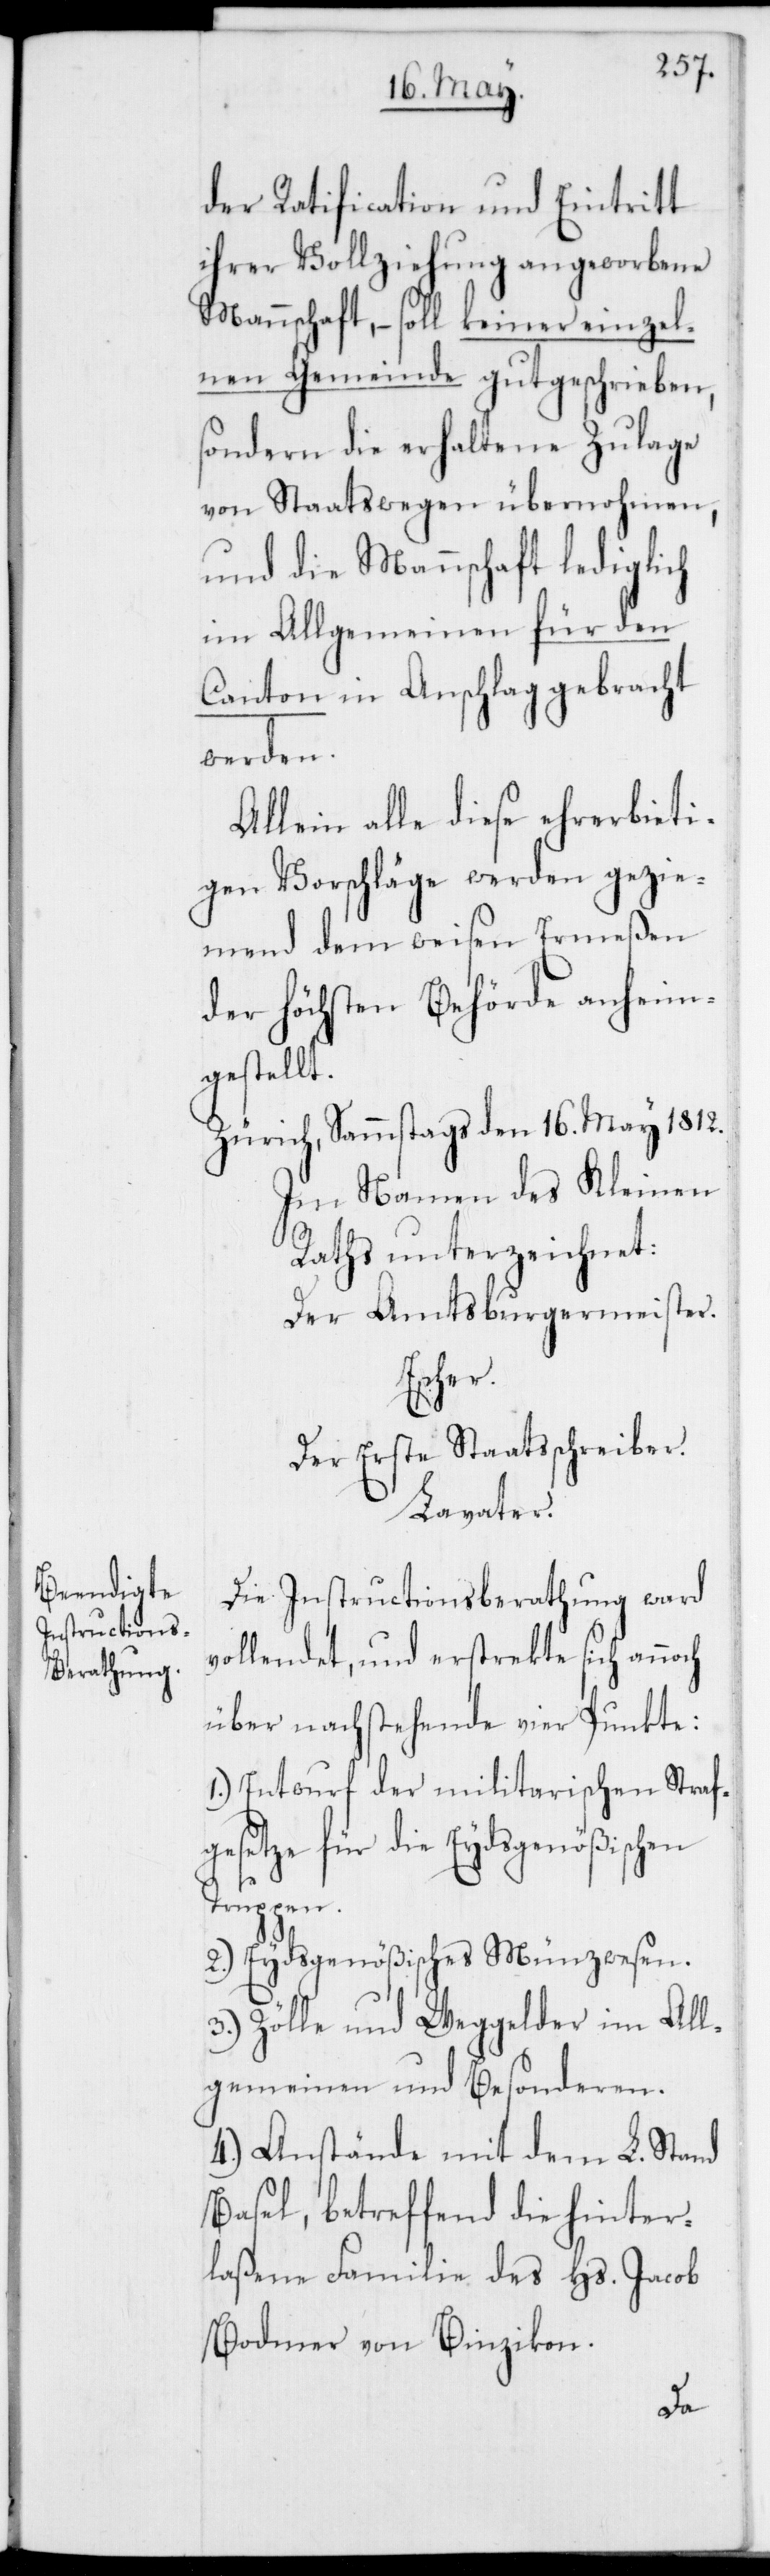
der Ratficiation und Eintritt
ihrer Vollziehung angeworbene
Mannschaft, – soll keiner einzel¬
nen Gemeinde gutgeschrieben,
sondern die erhaltene Zulage
von Staats wegen übernohmen,
und die Mannschaft lediglich
im Allgemeinen für den
Canton in Anschlag gebracht
werden.
Allein alle diese ehrerbieti¬
gen Vorschläge werden gezie¬
mend dem weisen Ermeßen
der höchsten Behörde anheim¬
gestellt.
Zürich, Sammstags den 16. May 1812.
Im Namen des Kleinen
Rats unterzeichnet:
Der Amtsburgermeister.
cher.
Der Erste Staatsschreiber.
Lavater.
Die Instructionsberathung ward
vollendet, und erstreckte sich anno¬
über nachstehende vier Punkte:
1.) Entwurf der militarischen Straf¬
gesetze für die Eydsgenößischen
Truppen.
2.) Eydsgenößisches Münzwesen.
3.) Zölle und Weggelder im All¬
gemeinen und Besonderen.
4.) Anstände mit dem L. Stand
Basel, betreffend die hinter¬
laßene Familie des Hs. Jacob
Bodmer von Binzikon.
ch